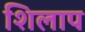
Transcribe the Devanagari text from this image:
शिलाप